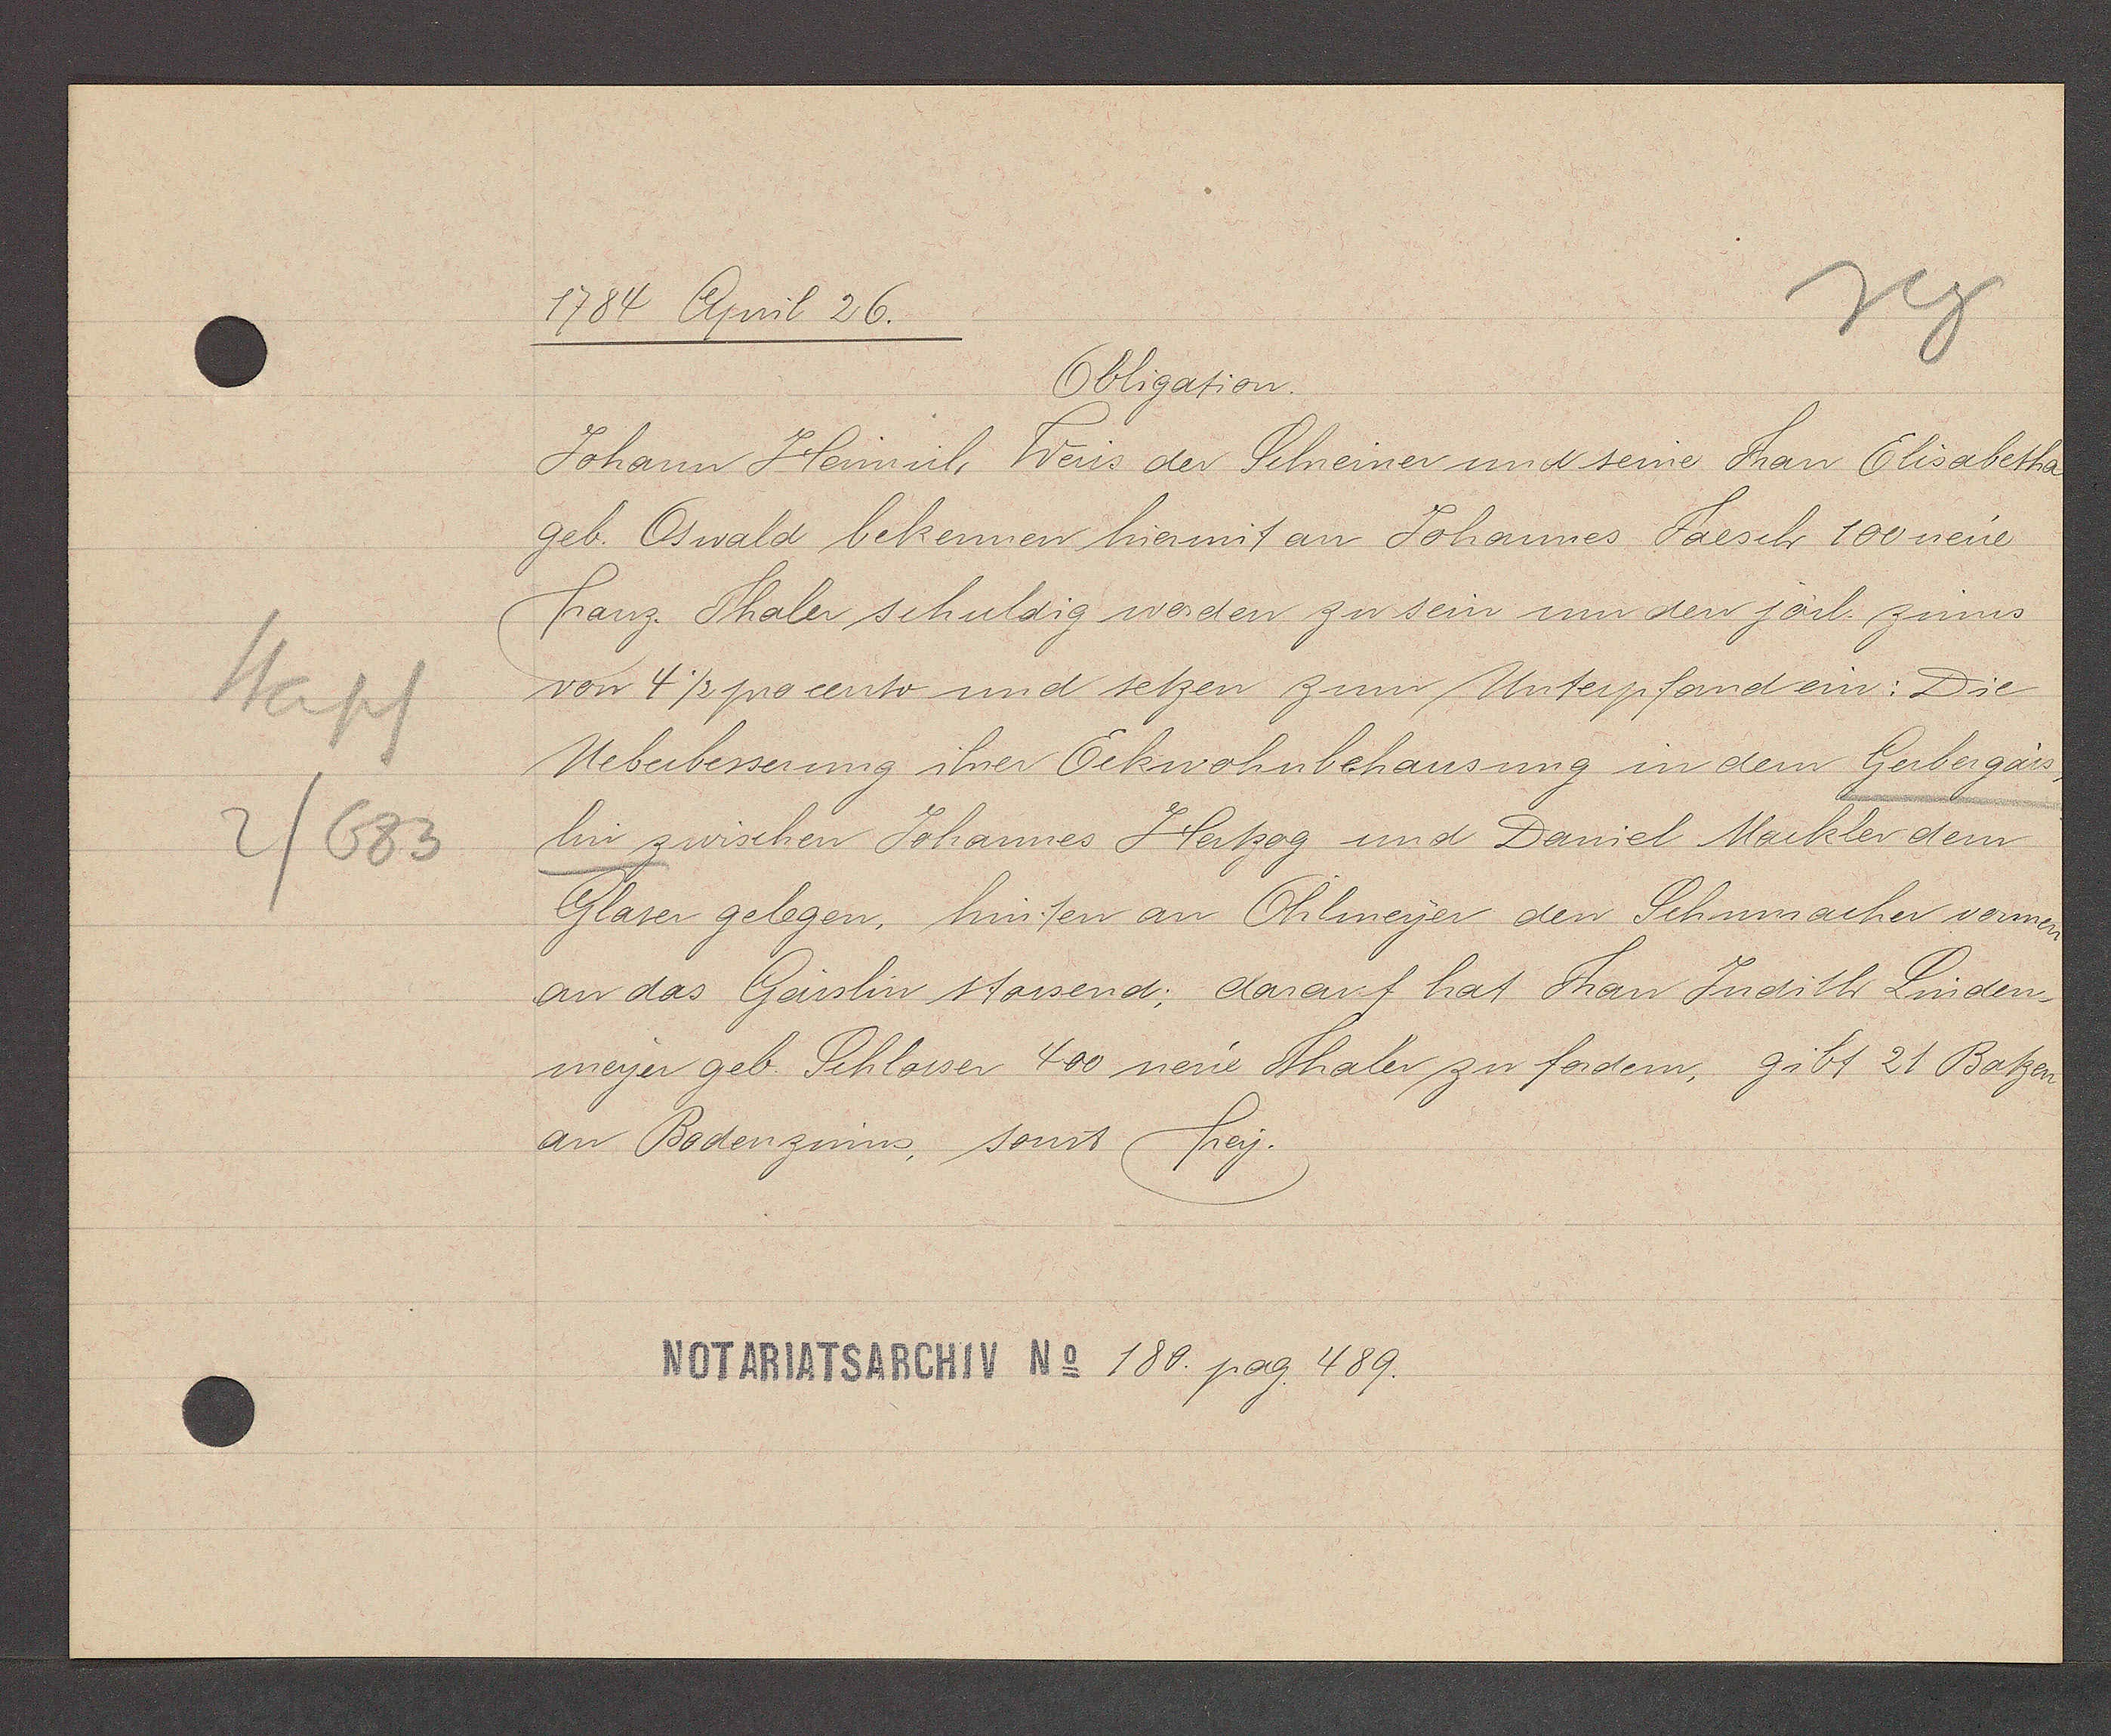
Transcript:
Stapf
2/683

1784 April 26.

Obligation.
Johann Heinrich Weis der Scheiner und seine Frau Elisabetha
geb. Oswald bekennen hiermit an Johannes Faesch 100 neue
franz. Thaler schuldig worden zu sein um den järl. zinns
von 4½ procento und setzen zum Unterpfand ein: Die
Ueberbesserung ihrer Eckwohnbehausung in dem Gerbergais¬
lin zwischen Johannes Hertzog und Daniel Mackler dem
Glaser gelegen, hinten an Ohlmeyer den Schumacher vornen
an das Gaislin stossend; darauf hat Frau Judith Linden¬
meyer geb. Schlosser 400 neue Thaler zu fordern, gibt 21 Batzen
an Bodenzinns, sonst frey.

Notariatsarchiv No 180. pag 489.